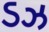
ડઝ